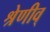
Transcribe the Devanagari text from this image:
श्रेणीव्